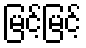
မြင့်မြင့်